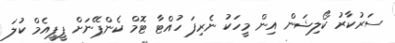
ސަރުކާރު ކޯލިޝަން އިން މީހަކު ނެރިފަ ހުއްޓާ ޓޮމް ކެންޕޭނަށް ޕީޕީއެމް ކުލަ